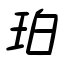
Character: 珀